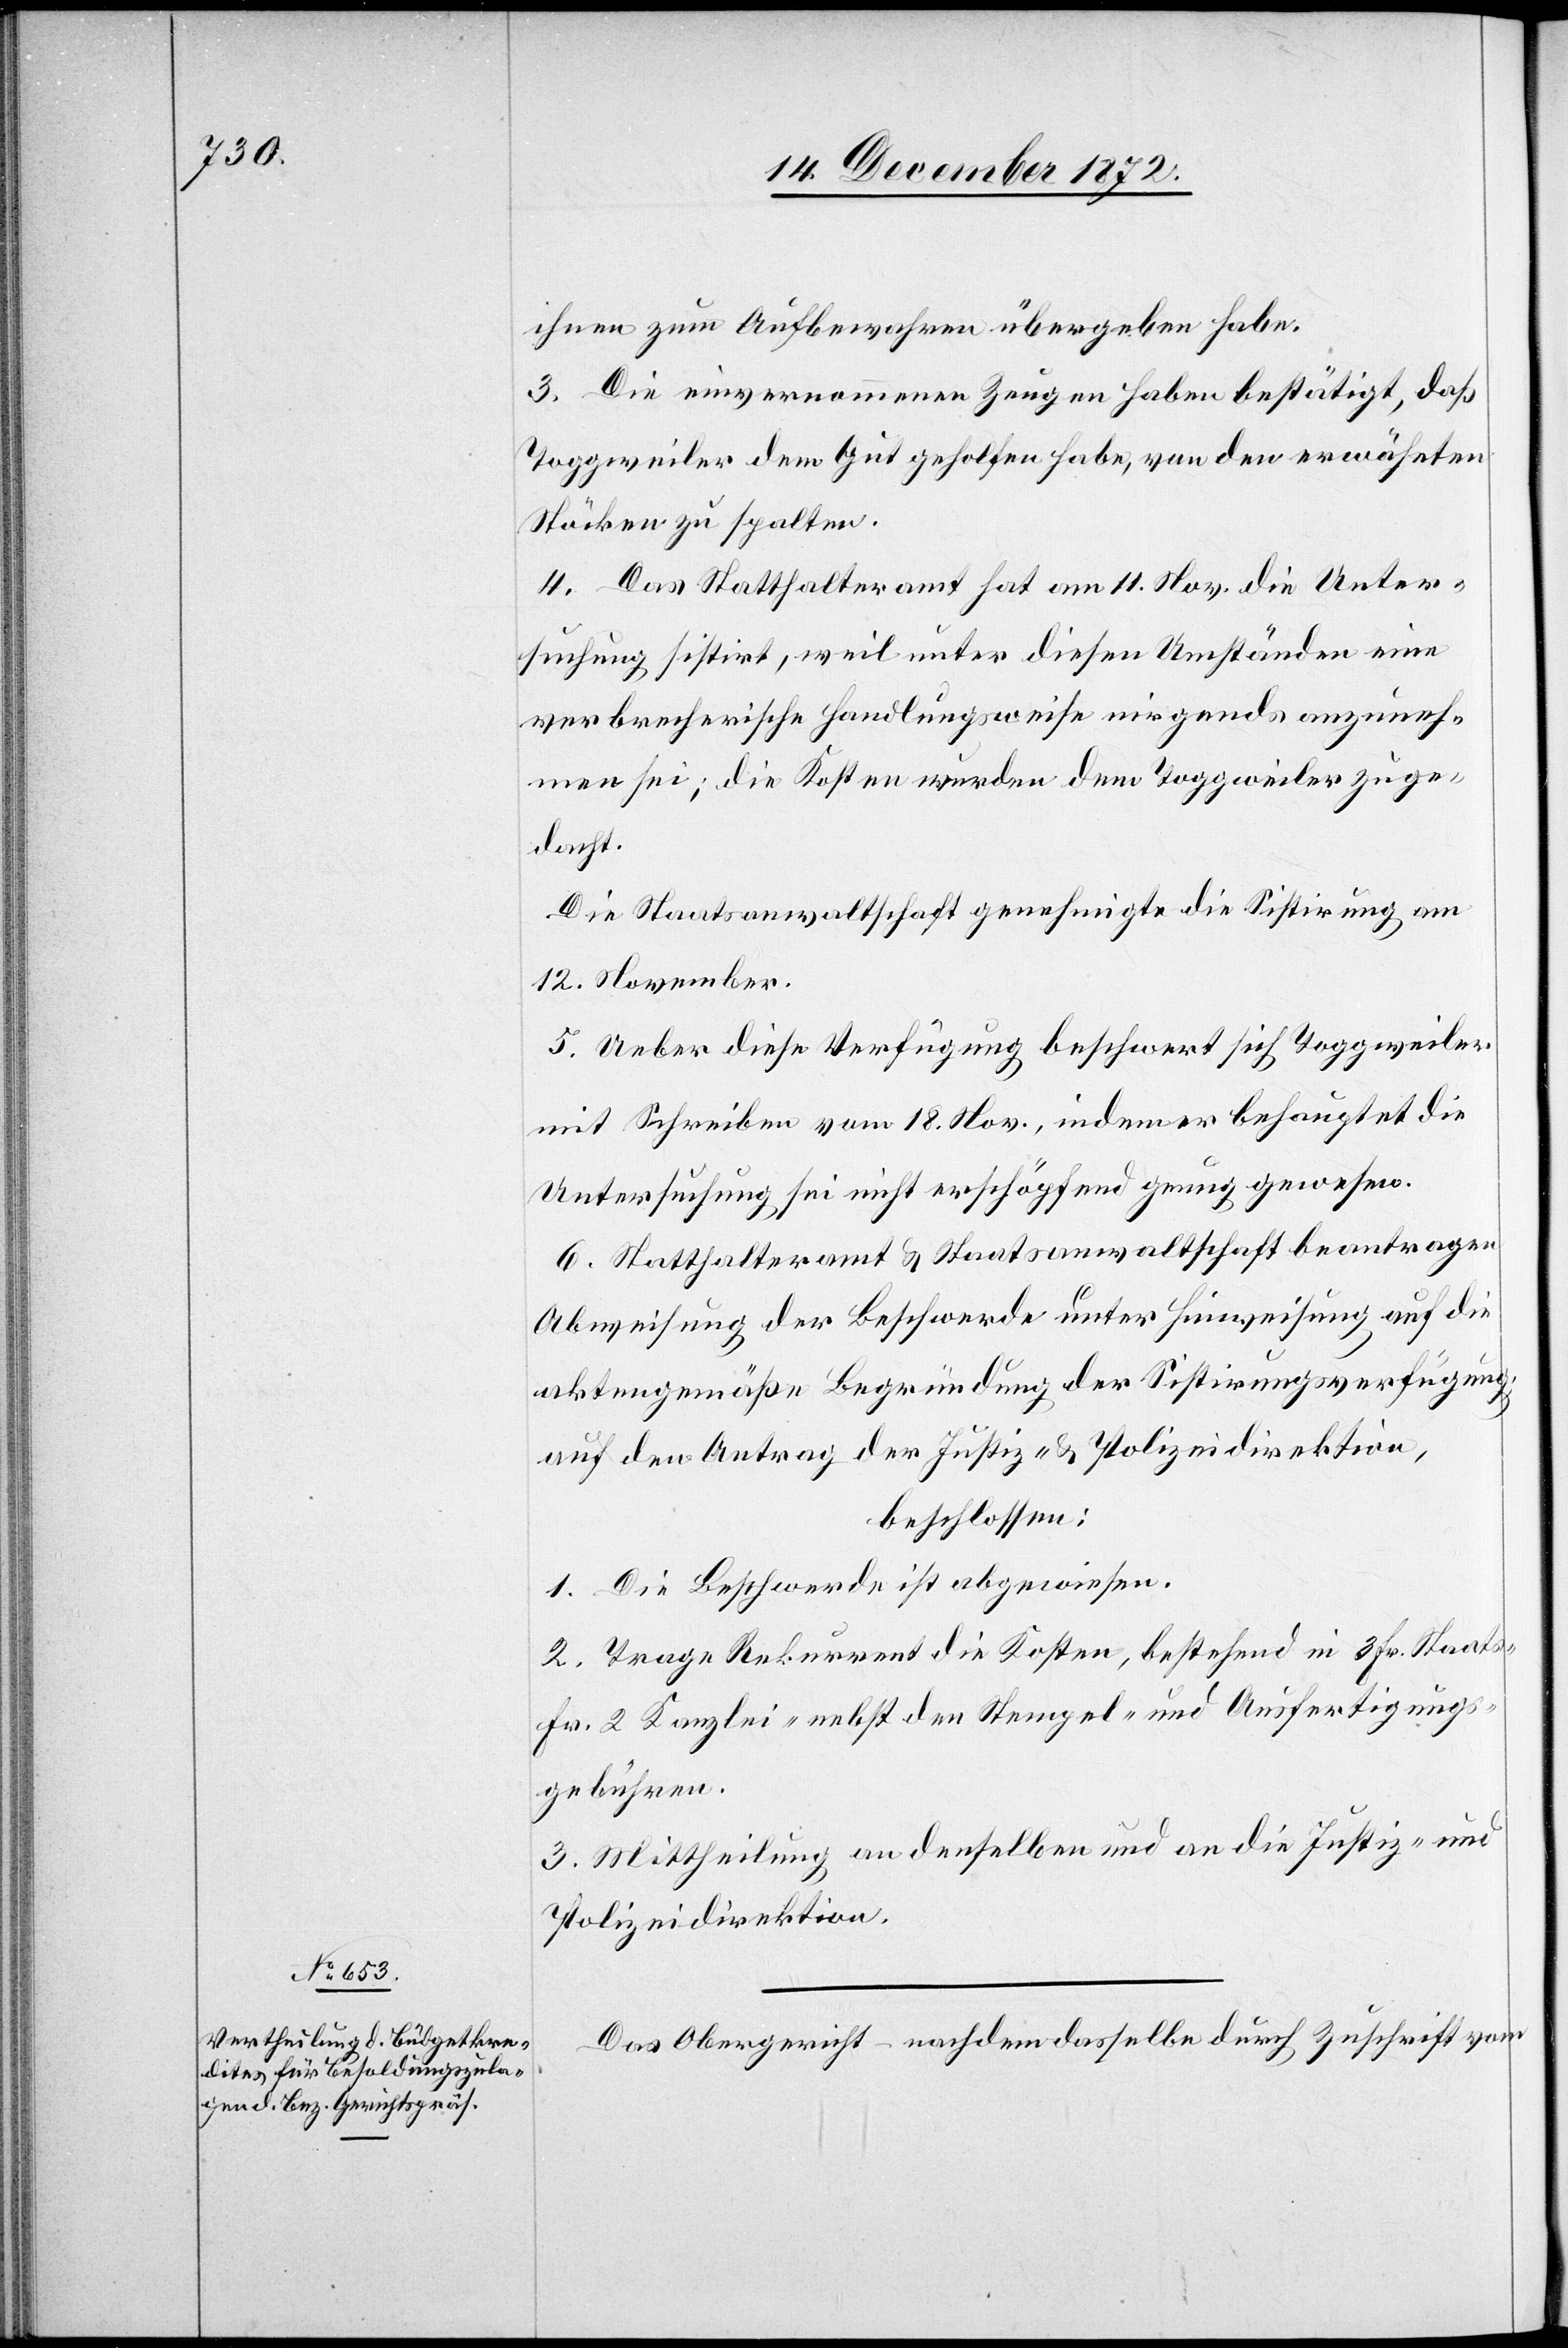
ihnen zum Aufbewahren übergeben habe.
3. Die einvernommenen Zeugen haben bestätigt, daß
Toggweiler dem Gut geholfen habe, von den erwähnten
Stöcken zu spalten.
4. Das Statthalteramt hat am 11. Nov. die Unter¬
suchung sistirt, weil unter diesen Umständen eine
verbrecherische Handlungsweise nirgends anzuneh¬
men sei; die Kosten wurden dem Toggweiler zuge¬
dacht.
Die Staatsanwaltschaft genehmigte die Sistirung am
12. November.
5. Ueber diese Verfügung beschwert sich Toggweiler
mit Schreiben vom 18. Nov., indem er behauptet die
Untersuchung sei nicht erschöpfend genug gewesen.
6. Statthalteramt u. Staatsanwaltschaft beantragen
Abweisung der Beschwerde unter Hinweisung auf die
aktengemäße Begründung der Sistirungsverfügung;
auf den Antrag der Justiz- u. Polizeidirektion,
beschlossen:
1. Die Beschwerde ist abgewiesen.
2. Trage Rekurrent die Kosten, bestehend in 3 Fr. Staats-
Fr. 2 Kanzlei- nebst den Stempel- und Ausfertigungs¬
gebühren.
3. Mittheilung an denselben und an die Justiz- u.
Polizeidirektion.
Das Obergericht – nachdem dasselbe durch Zuschrift vom